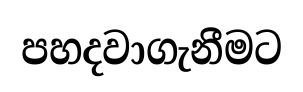
පහදවාගැනීමට